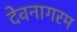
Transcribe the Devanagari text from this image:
देवनागरम